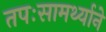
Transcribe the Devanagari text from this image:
तपःसामर्थ्याने